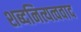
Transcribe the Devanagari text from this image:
शब्दनित्यत्ववाद